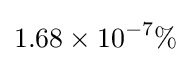
1.68\times 10^{-7}\%